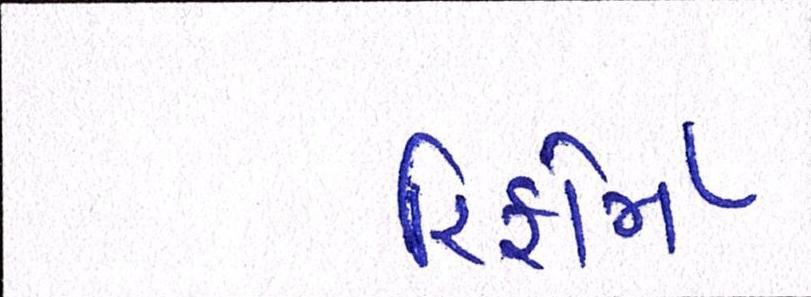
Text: રિફોર્મ